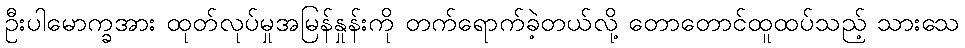
ဦးပါမောက္ခအား ထုတ်လုပ်မှုအမြန်နှုန်းကို တက်ရောက်ခဲ့တယ်လို့ တောတောင်ထူထပ်သည့် သားသေ